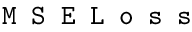
\texttt { M S E L o s s }